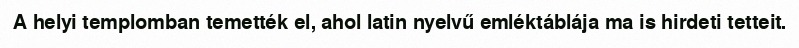
A helyi templomban temették el, ahol latin nyelvű emléktáblája ma is hirdeti tetteit.